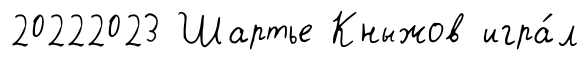
20222023 Шартье Кныжов игра́л